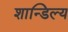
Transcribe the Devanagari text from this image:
शान्डिल्य